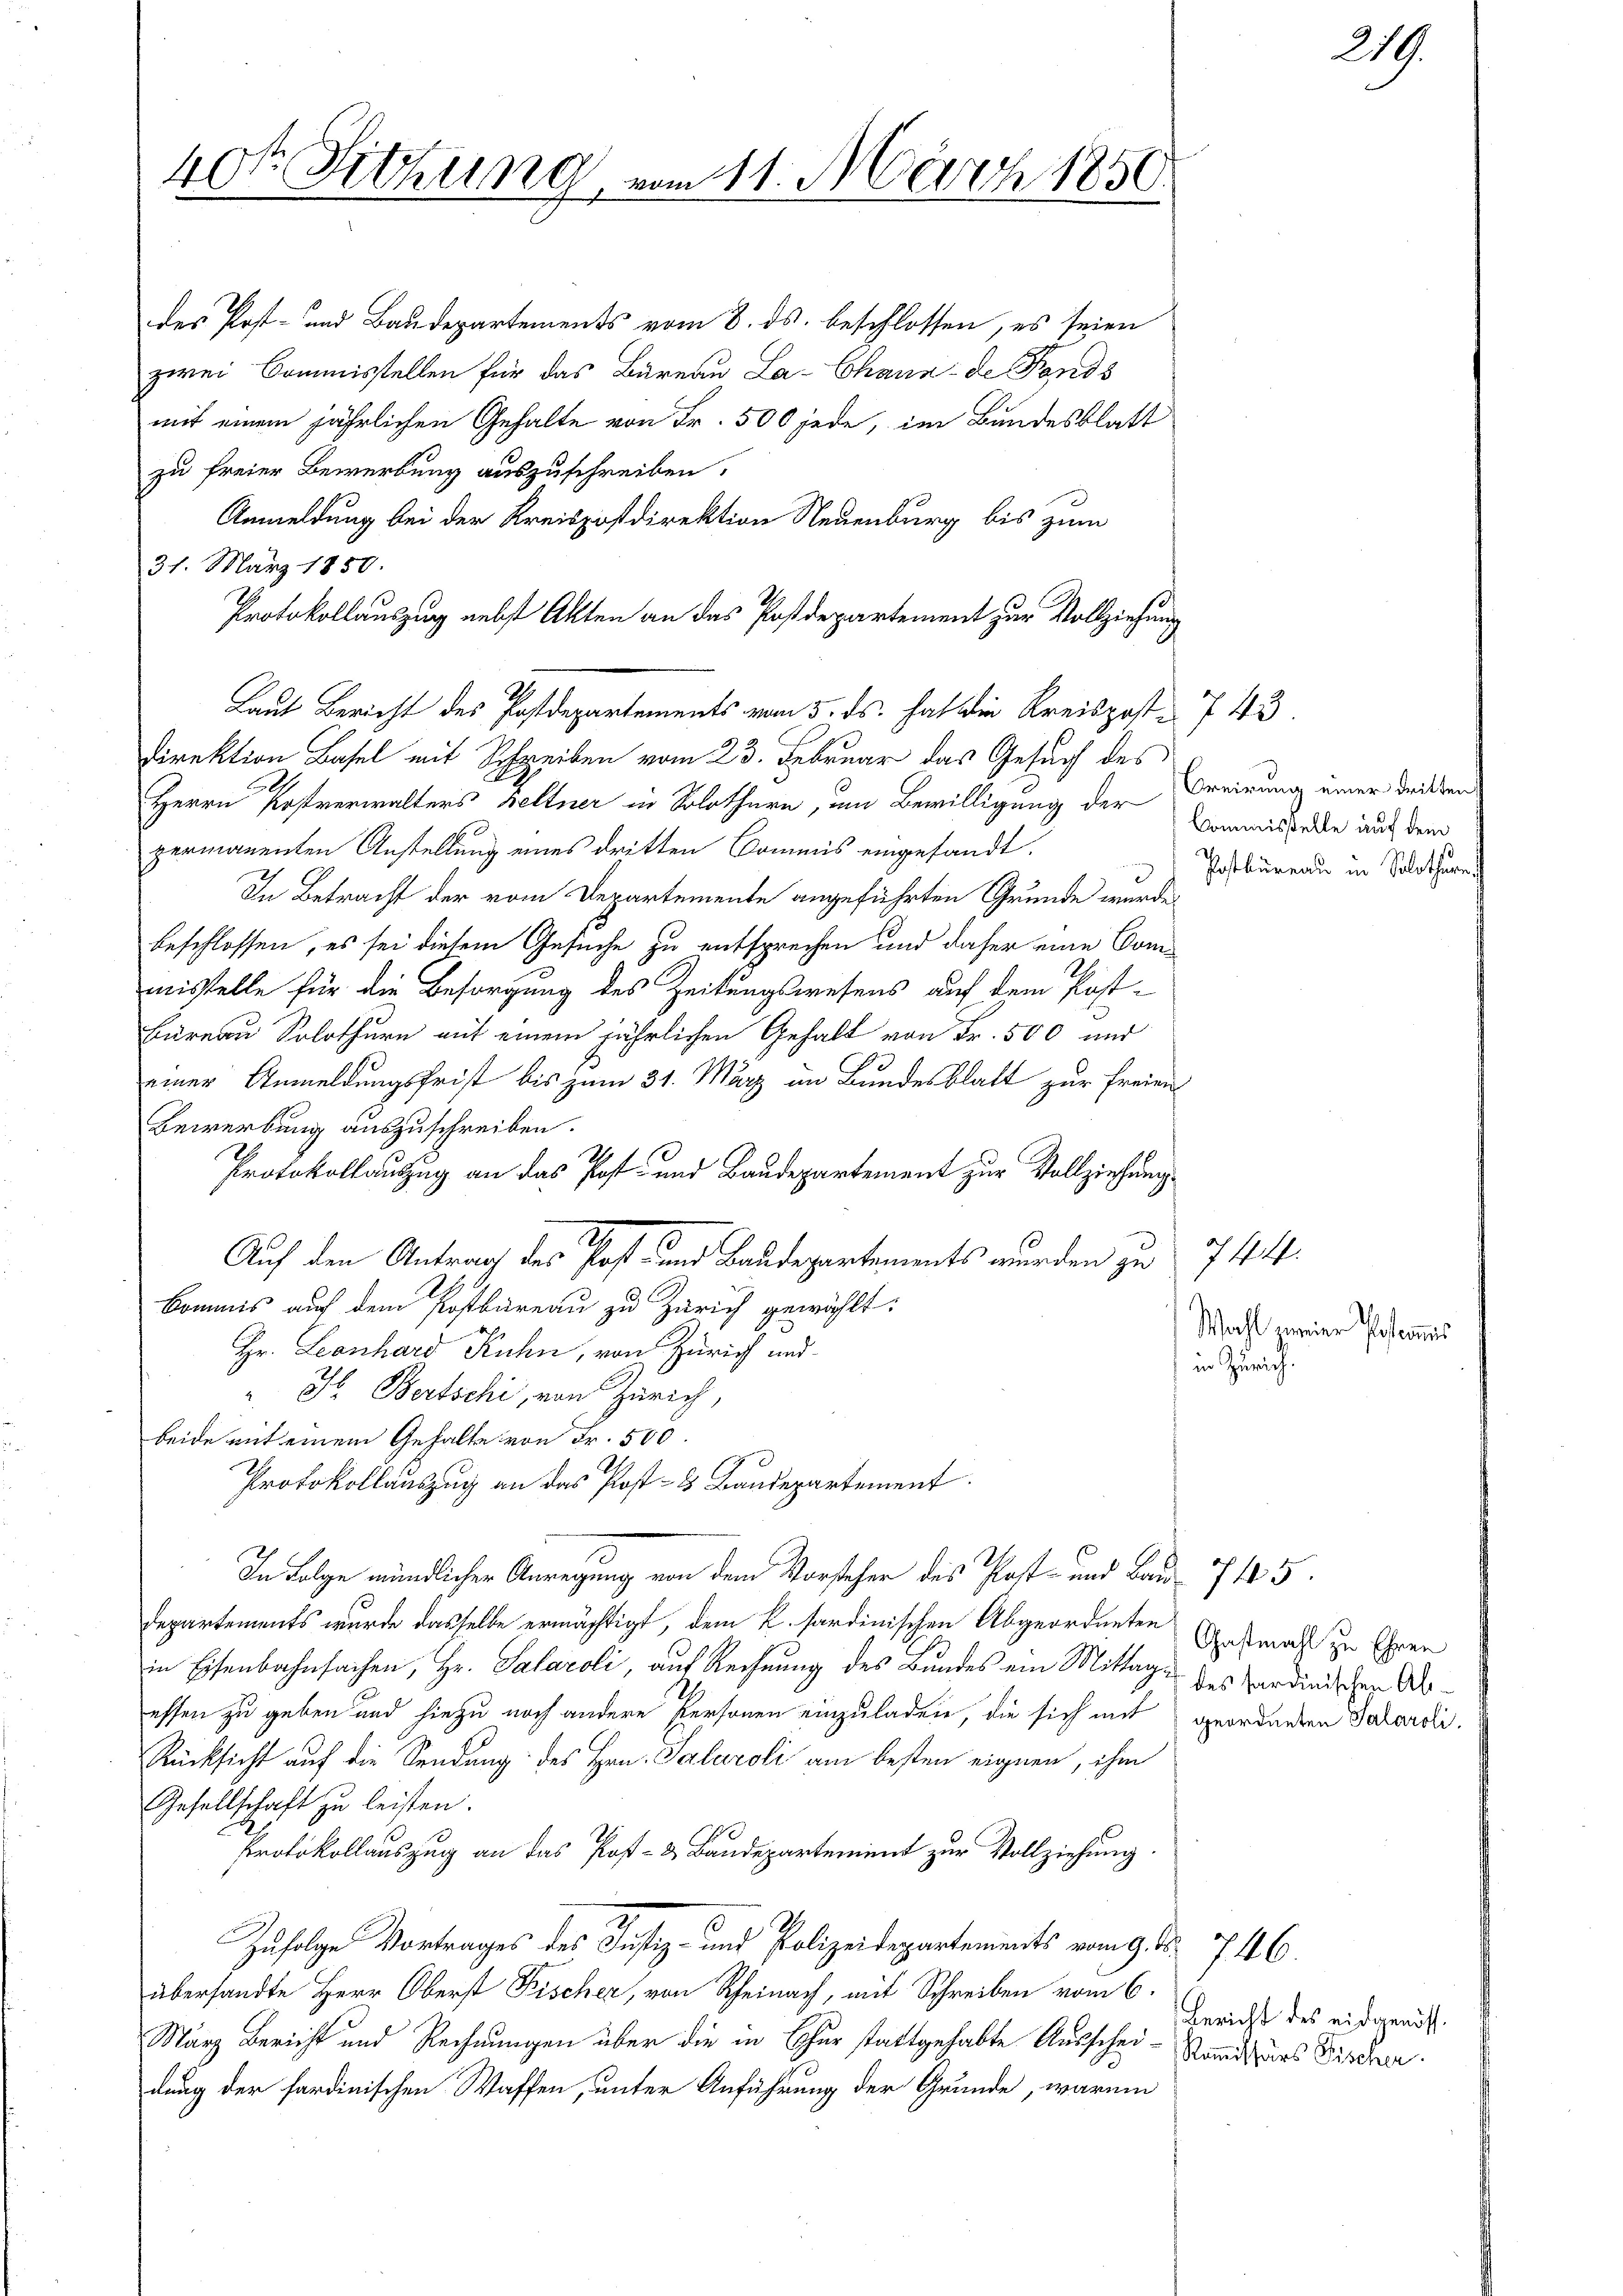
40te Sitzung

des Post- und Baudepartements vom 8. ds. beschlossen, es seien
zwei Commisstellen für das Bureau La-Chann de Fonds
mit einem jährlichen Gehalte von Fr. 500 jede, im Bundesblatt
zu freier Bewerbung auszuschreiben.
Anmeldung bei der Kreispostdirektion Neuenburg bis zum
31. März 1850.
Protokollauszug nebst Akten an das Postdepartement zur Vollziehung
Direktion Basel mit Schreiben vom 23. Februar das Gesuch des
e
Herrn Kostverwalters Beltner in Solothurn, um Bewilligung der Freinung einer dritten
permanenten Anstellung eines dritten Commis eingesandt.
In Betracht der vom Departemente angeführten Grunde wurde
beschlossen, es sei diesem Gesuche zu entsprechen und daher eine Commisstelle für die Besorgung des Zeitungswesens auf dem Post¬
Büreau Solothurn auf einem jährlichen Gehalt von Fr. 500 und
einer Anmeldungsfrist bis zum 31. März in Bundesblatt zur Freien
Bewerbung auszuschreiben.
2.
Protokollauszug an das Post- und Baudepartement zur Vollziehung
Auf den Antrag des Post- und Baudepartements wurden zu
Bommis auf dem Postbureau zu Zürich gewählt:
Hr. Leonhard Kuhn, von Zürich und
". H. Bertschi, von Zürich,
beide mit einem Gehalte von Fr. 500.
Protokollauszug an das Post- & Bandepartement.
In Folge mündlicher Anregung von dem Vorsteher des Post- und Bau- 7445.
Departements wurde dasselbe ermächtigt, dem k. sardinischen Abgeordneten Entmahl zu Ehren
in Eisenbahnfachen, Hr. Salaroli, auf Rechnung des Bundes ein Mittage des Sardinischen Abessen zu geben und hiezu noch andere Personen einzuladen, die sich mit geordneten Salaroli
Rücksicht auf die Sendung des Hrn. Salaroli am besten eignen, ihm
Gesellschaft zu leisten.
Protokollauszug an das Post- & Baudepartement zur Vollziehung
Zufolge Vortrages des Justiz- und Polizeidepartements vom 9. d. 746.
übersandte Herr Oberst Fischer, von Rheinach, mit Schreiben vom 6.
März Bericht und Rechnungen über die in Chur stattgehabte Ausschei- Sandsars Bischer.
dung der sardinischen Waffen, unter Anführung der Grunde, warum

m 11. März 1850.
1

Laut Bericht des Postdepartements vom 5. ds. hat die Kreispost- 743.

Commisstelle auf dem
Postbüreau in Solothurn

744.
Wahl meiner Pescommis
in Zürich.

Bericht des eidgenöss.

219.